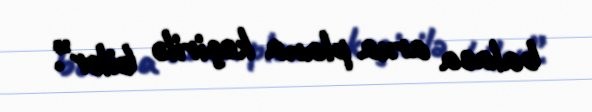
balaca arxa plana keçirilə bilər”.